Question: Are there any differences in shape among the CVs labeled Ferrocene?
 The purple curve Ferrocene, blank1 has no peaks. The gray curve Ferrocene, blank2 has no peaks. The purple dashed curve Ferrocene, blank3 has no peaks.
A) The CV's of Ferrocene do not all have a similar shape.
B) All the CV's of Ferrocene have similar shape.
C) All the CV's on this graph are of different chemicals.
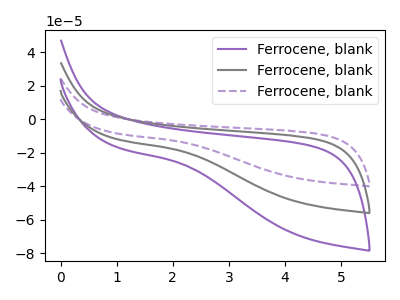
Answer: <think>Neither "Ferrocene, blank1" or "Ferrocene, blank2" have any peaks. Neither "Ferrocene, blank1" or "Ferrocene, blank3" have any peaks. Neither "Ferrocene, blank2" or "Ferrocene, blank3" have any peaks.
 </think>
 <answer>B) All the CV's of "Ferrocene" have similar shape.</answer>
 <eval>B</eval>